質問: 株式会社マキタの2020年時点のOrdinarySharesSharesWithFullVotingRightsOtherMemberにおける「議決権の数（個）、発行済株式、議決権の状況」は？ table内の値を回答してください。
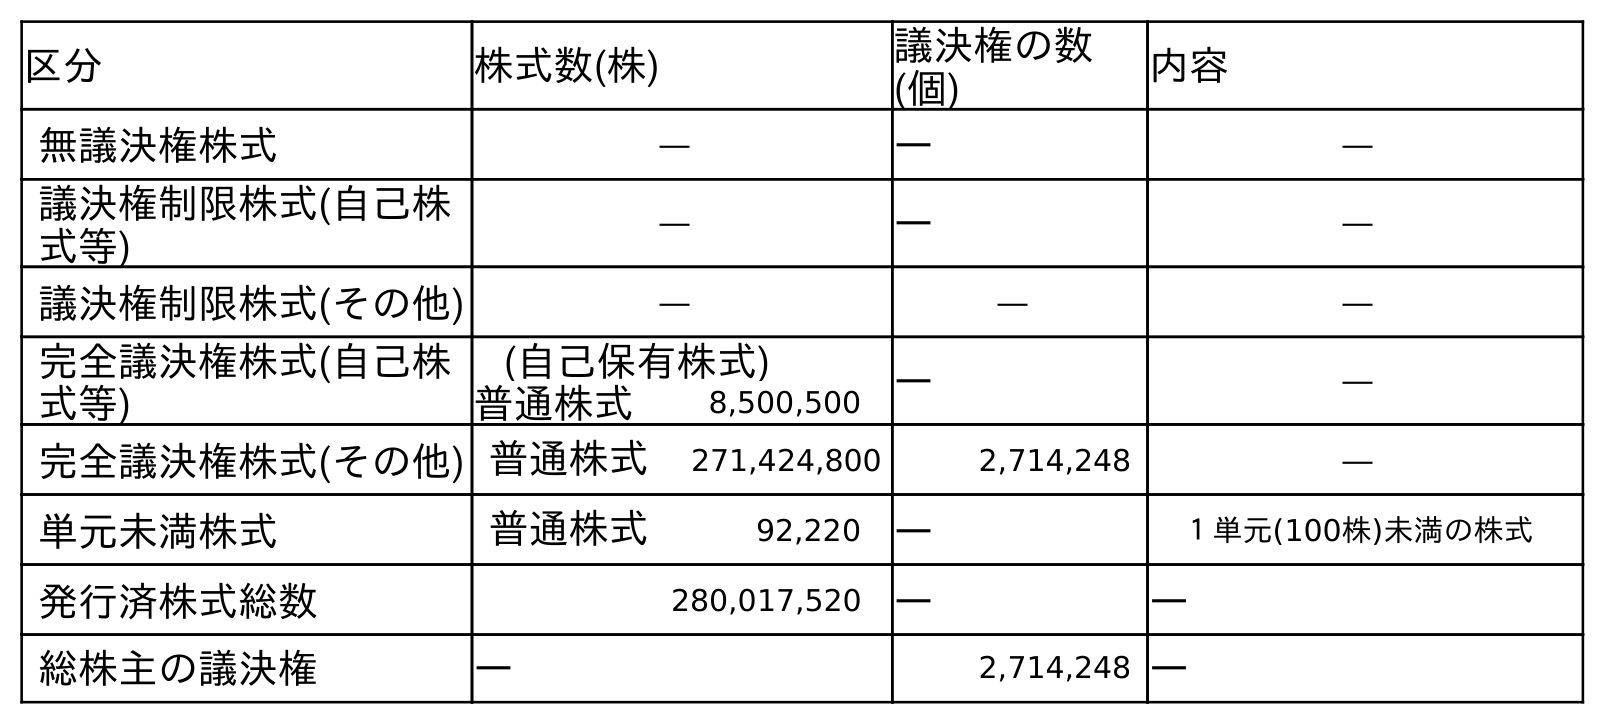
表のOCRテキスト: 区分 株式数(株) 議決権の数 (個) 内容 無議決権株式 ― ― ― 議決権制限株式(自己株 式等) ― ― ― 議決権制限株式(その他) ― ― ― 完全議決権株式(自己株 式等) (自己保有株式) ― ― 普通株式 8,500,500 完全議決権株式(その他) 普通株式 271,424,800 2,714,248 ― 単元未満株式 普通株式 92,220 ― １単元(100株)未満の株式 発行済株式総数 280,017,520 ― ― 総株主の議決権 ― 2,714,248 ―
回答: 2,714,248